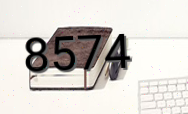
8574